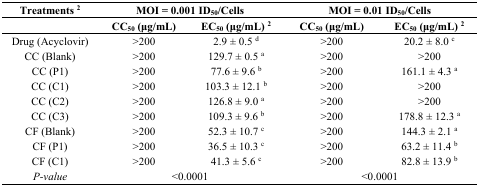
| Treatments 2 | <COLSPAN=2> MOI = 0.001 ID50/Cells | <COLSPAN=2> MOI = 0.01 ID50/Cells |
 |  | CC50 (μg/mL) | EC50 (μg/mL) 2 | CC50 (μg/mL) | EC50 (μg/mL) 2 |
 | --- | --- | --- | --- | --- |
 | Drug (Acyclovir) | >200 | 2.9 ± 0.5 d | >200 | 20.2 ± 8.0 c |
 | CC (Blank) | >200 | 129.7 ± 0.5 a | >200 | >200 |
 | CC (P1) | >200 | 77.6 ± 9.6 b | >200 | 161.1 ± 4.3 a |
 | CC (C1) | >200 | 103.3 ± 12.1 b | >200 | >200 |
 | CC (C2) | >200 | 126.8 ± 9.0 a | >200 | >200 |
 | CC (C3) | >200 | 109.3 ± 9.6 b | >200 | 178.8 ± 12.3 a |
 | CF (Blank) | >200 | 52.3 ± 10.7 c | >200 | 144.3 ± 2.1 a |
 | CF (P1) | >200 | 36.5 ± 10.3 c | >200 | 63.2 ± 11.4 b |
 | CF (C1) | >200 | 41.3 ± 5.6 c | >200 | 82.8 ± 13.9 b |
 | P-value | <COLSPAN=2> <0.0001 | <COLSPAN=2> <0.0001 |